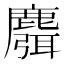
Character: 麛